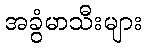
အခွံမာသီးများ